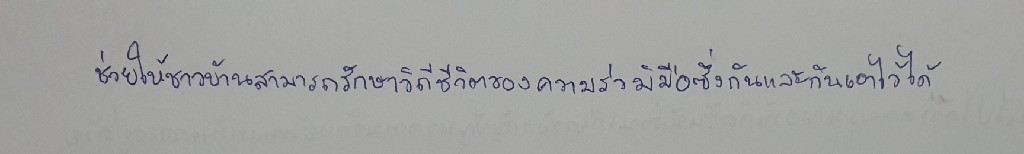
ช่วยให้ชาวบ้านสามารถรักษาวิถีชีวิตของความร่วมมือซึ่งกันและกันเอาไว้ได้